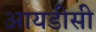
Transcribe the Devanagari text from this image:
आयडीसी